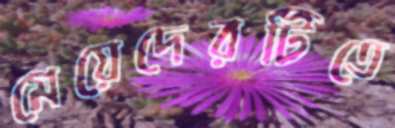
মেয়েদেরটিতে